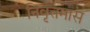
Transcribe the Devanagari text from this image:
निवृत्तमास